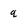
Character: q